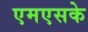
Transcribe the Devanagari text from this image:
एमएसके